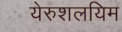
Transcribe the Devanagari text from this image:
येरुशलयिम